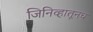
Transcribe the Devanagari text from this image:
जिनिव्हातूनच